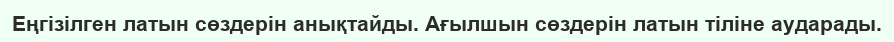
Еңгізілген латын сөздерін анықтайды. Ағылшын сөздерін латын тіліне аударады.